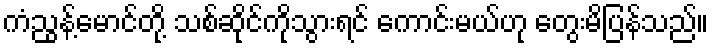
ကံညွန့်မောင်တို့ သစ်ဆိုင်ကိုသွားရင် ကောင်းမယ်ဟု တွေးမိပြန်သည်။